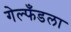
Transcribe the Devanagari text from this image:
गेल्फँडला